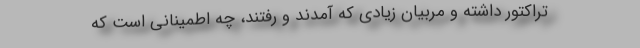
تراکتور داشته و مربیان زیادی که آمدند و رفتند، چه اطمینانی است که